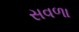
સવળા